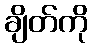
ချိတ်ကို